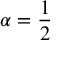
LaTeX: \alpha = { \frac { 1 } { 2 } }